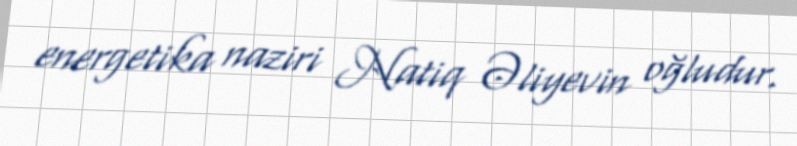
energetika naziri Natiq Əliyevin oğludur.